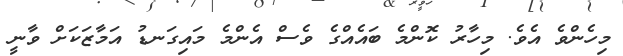
މިހެންވެ އެވެ. މިހާރު ކޮންމެ ބައެއްގެ ވެސް އެންމެ މައިގަނޑު އަމާޒަކަށް ވާނީ